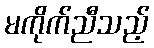
မကိုက်ညီသည့်